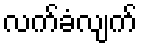
လက်ခံလျက်